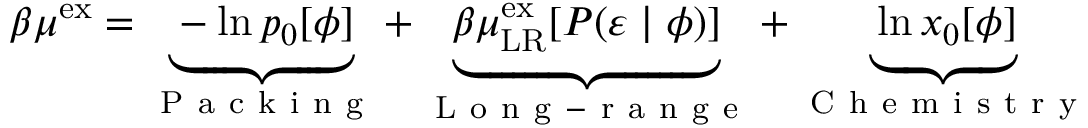
\begin{array} { r } { \beta \mu ^ { \mathrm { { e x } } } = \underbrace { - \ln p _ { 0 } [ \phi ] } _ { \mathrm { ~ P ~ a ~ c ~ k ~ i ~ n ~ g ~ } } + \underbrace { \beta \mu _ { \mathrm { { L R } } } ^ { \mathrm { { e x } } } [ P ( \varepsilon \; | \; \phi ) ] } _ { \mathrm { ~ L ~ o ~ n ~ g ~ - ~ r ~ a ~ n ~ g ~ e ~ } } + \underbrace { \ln x _ { 0 } [ \phi ] } _ { \mathrm { ~ C ~ h ~ e ~ m ~ i ~ s ~ t ~ r ~ y ~ } } } \end{array}